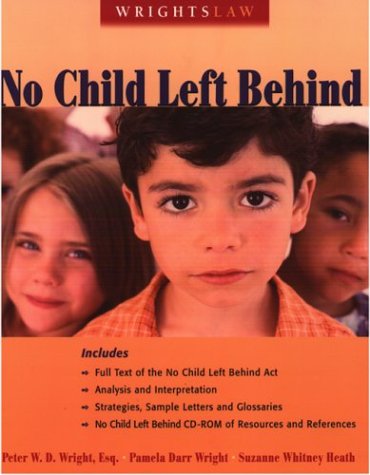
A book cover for Wrightslaw: No Child Left Behind; Peter W. D. Wright and Pamela Darr Wright; Law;